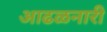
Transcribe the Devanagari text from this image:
आढळनारी